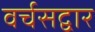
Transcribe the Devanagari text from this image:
वर्चसद्वार